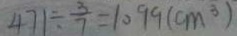
4 7 1 \div \frac { 3 } { 7 } = 1 0 9 9 ( c m ^ { 3 } )